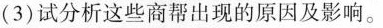
(3)试分析这些商帮出现的原因及影响。